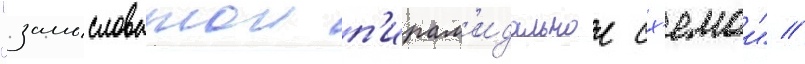
"замысловатои п'ирам'идальнои сх'емои" //